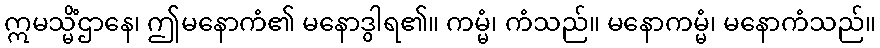
ဣမသ္မိံဌာနေ၊ ဤမနောကံ၏ မနောဒွါရ၏။ ကမ္မံ၊ ကံသည်။ မနောကမ္မံ၊ မနောကံသည်။